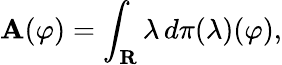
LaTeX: \mathbf{A}(\varphi)=\int_{\mathbf{{R}}}\lambda\, d\pi(\lambda)(\varphi),